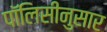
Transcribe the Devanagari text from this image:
पॉलिसीनुसार